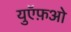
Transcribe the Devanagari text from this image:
युऍफ़ओ